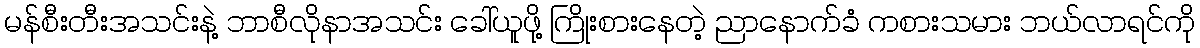
မန်စီးတီးအသင်းနဲ့ ဘာစီလိုနာအသင်း ခေါ်ယူဖို့ ကြိုးစားနေတဲ့ ညာနောက်ခံ ကစားသမား ဘယ်လာရင်ကို